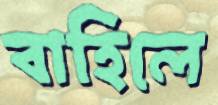
বাহিলে